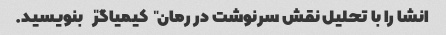
انشا را با تحلیل نقش سرنوشت در رمان "کیمیاگر" بنویسید.